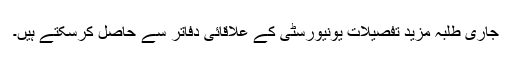
جاری طلبہ مزید تفصیلات یونیورسٹی کے علاقائی دفاتر سے حاصل کرسکتے ہیں۔